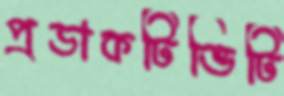
প্রডাকটিভিটি